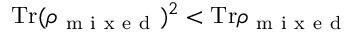
\mathrm { T r } ( \rho _ { \mathrm { ~ m ~ i ~ x ~ e ~ d ~ } } ) ^ { 2 } < \mathrm { T r } \rho _ { \mathrm { ~ m ~ i ~ x ~ e ~ d ~ } }